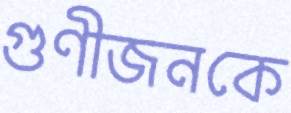
গুণীজনকে